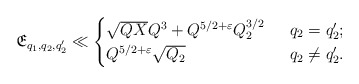
\begin{align*}\mathfrak{E}_{q_1,q_2,q_2'}\ll \begin{cases} \sqrt{QX}Q^3+Q^{5/2+\varepsilon}Q_2^{3/2} &\;\;q_2=q_2';\\Q^{5/2+\varepsilon}\sqrt{Q_2} &\;\;q_2\neq q_2'.\end{cases}\end{align*}